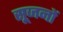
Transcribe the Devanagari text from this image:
सूजनों